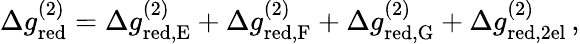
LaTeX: \begin{array}{r}{\Delta g_{\mathrm{red}}^{(2)}=\Delta g_{\mathrm{red,E}}^{(2)}+\Delta g_{\mathrm{red,F}}^{(2)}+\Delta g_{\mathrm{red,G}}^{(2)}+\Delta g_{\mathrm{red,2el}}^{(2)}\, ,}\end{array}